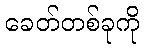
ခေတ်တစ်ခုကို